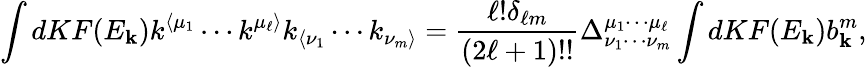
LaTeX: \int dKF(E_{\mathbf{k}})k^{\langle\mu_{1}}\cdots k^{\mu_{\ell}\rangle}k_{\langle\nu_{1}}\cdots k_{\nu_{m}\rangle}=\frac{\ell!\delta_{\ell m}}{(2\ell+1)!!}\Delta_{\nu_{1}\cdots\nu_{m}}^{\mu_{1}\cdots\mu_{\ell}}\int dKF(E_{\mathbf{k}})b_{\mathbf{k}}^{m},